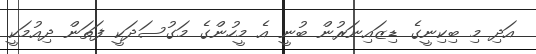
އަދި މި ބިކިނީގެ ޑިޒައިނަރުން ބުނީ އެ މީހުންގެ މަގުސަދަކީ ފަތަން ދިއުމަކީ